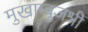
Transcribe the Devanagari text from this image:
मुखाम्बुजश्री